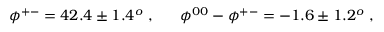
\phi ^ { + - } = 4 2 . 4 \pm 1 . 4 ^ { o } ~ , ~ ~ ~ ~ ~ \phi ^ { 0 0 } - \phi ^ { + - } = - 1 . 6 \pm 1 . 2 ^ { o } ~ ,